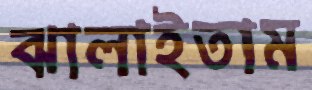
ঝালাইতাম